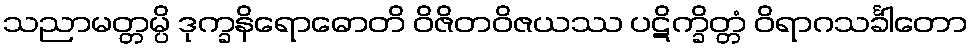
သညာမတ္တမ္ပိ ဒုက္ခနိရောဓောတိ ဝိဇိတဝိဇယဿ ပဋိက္ခိတ္တံ ဝိရာဂသင်္ခါတော